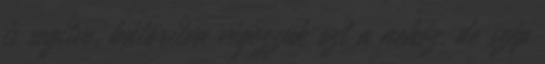
is segítve, bátorítva végezzük ezt a nehéz, de szép